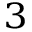
^ 3